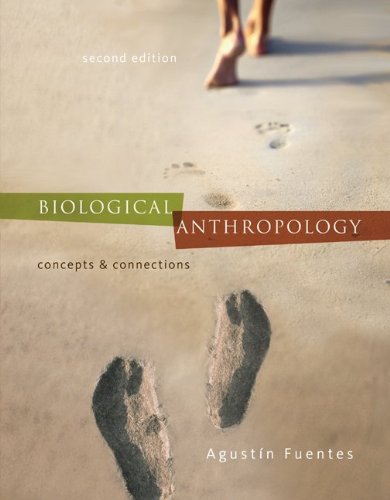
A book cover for Biological Anthropology:  Concepts and Connections; Agustin Fuentes; Politics & Social Sciences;